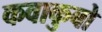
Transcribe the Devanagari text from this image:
कवाकुबो